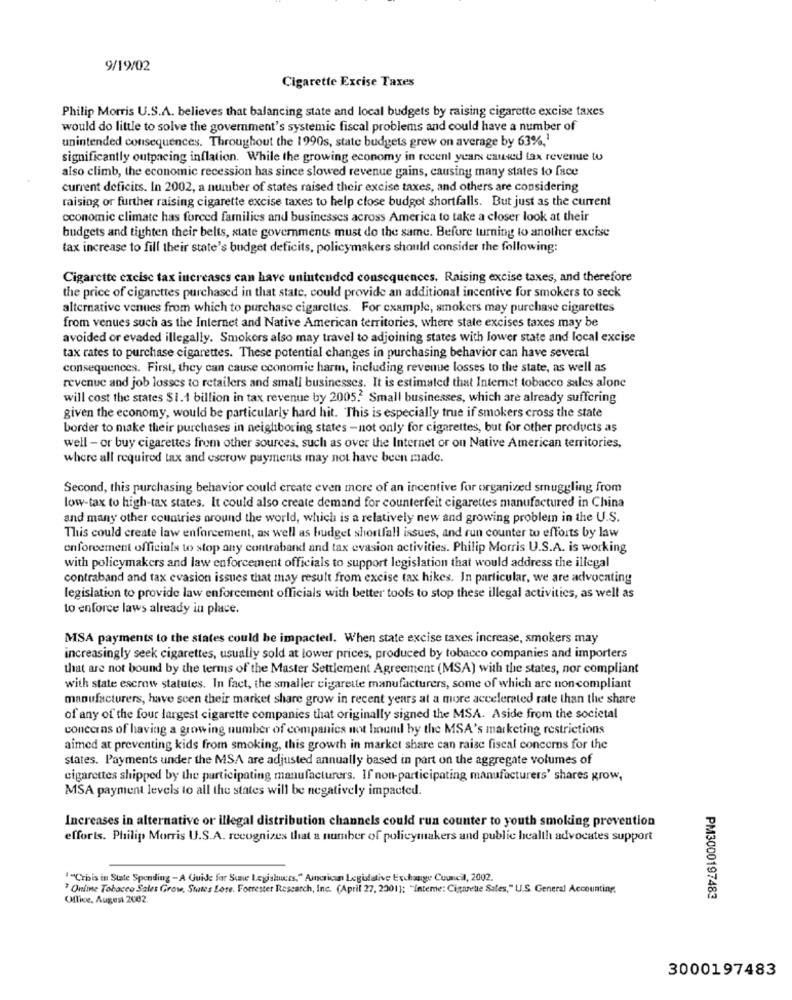
9/19/02
Cigarette Excise Taxes
Philip Morris U.S.A. believes that balancing state and local budgets by raising cigarette excise taxes
would do little to solve the government's systemic fiscal problems and could have a number of
unintended consequences. Throughout the 1990s, state budgets grew on average by 63%,
significantly outpacing inflation. While the growing economy in recent years caused tax revenue to
also climb, the economic recession has since slowed revenue gains, causing many states to face
current deficits. In 2002, a number of states raised their excise taxes, and others are considering
raising or further raising cigarette excise taxes to help close budget shortfalls. But just as the current
economic climate has forced families and businesses across America to take a closer look at their
budgets and tighten their belts, state governments must do the same. Before turning to another excise
tax increase to fill their state's budget deficits, policymakers should consider the following:
Cigarette excise tax increases can have unintended consequences. Raising excise taxes, and therefore
the price of cigarettes purchased in that state, could provide an additional incentive for smokers to seck
alternative venues from which to purchase cigarettes. For example, smokers may purchase cigarettes
from venues such as the Internet and Native American territories, where state excises taxes may be
avoided or evaded illegally. Smokers also may travel to adjoining states with lower state and local excise
tax rates to purchase cigarettes. These potential changes in purchasing behavior can have several
consequences. First, they can cause economie harm, including revenue losses to the state, as well as
revenue and job losses to retailers and small businesses. It is estimated that Internet tobacco sales alone
will cost the states $1.1 billion in tax revenue by 2005. Small businesses, which are already suffering
given the economy, would be particularly hard hit. This is especially true if smokers cross the state
border to make their purchases in neighboring states - not only for cigarettes, but for other products as
well - or buy cigarettes from other sources, such as over the Internet or ou Native American territories,
where all required tax and escrow payments may not have been made.
Second, this purchasing behavior could create even more of an incentive for organized smuggling from
low-tax to high-tax states. It could also create demand for counterfeit cigarettes manufactured in China
and many other countries around the world, which is a relatively new and growing problem in the U.S.
This could create law enforcement, as well as budget shortfall issues, and run counter to efforts by law
enforcement officials to stop any contraband and tax evasion activities. Philip Morris U.S.A. is working
with policymakers and law enforcement officials to support legislation that would address the illegal
contraband and tax evasion issues that may result from excise tax hikes. In particular, we are advocating
legislation to provide law enforcement officials with better tools to stop these illegal activities, as well as
to enforce laws already in place.
MSA payments to the states could be impacted. When state excise taxes increase, smokers may
increasingly seek cigarettes, usually sold at lower prices, produced by tobacco companies and importers
that are not bound by the terms of the Master Settlement Agreement (MSA) with the states, nor compliant
with state escrow statutes. In fact, the smaller cigarette manufacturers, some of which are non compliant
manufacturers, have seen their market share grow in recent years at a more accelerated rate than the share
of any of the four largest cigarette companies that originally signed the MSA. Aside from the societal
concerns of having a growing number of companies not bound by the MSA's marketing restrictions
aimed at preventing kids from smoking, this growth in market share can raise fiscal concerns for the
states. Payments under the MSA are adjusted annually based in part on the aggregate volumes of
cigarettes shipped by the participating manufacturers. If non-participating manufacturers' shares grow,
MSA payment levels to all the states will be negatively impacted.
Increases in alternative or illegal distribution channels could run counter to youth smoking prevention
efforts. Philip Morris U.S.A. recognizes that a number of policymakers and public health advocates support
" "Crisis in State Spending - A Guide for Suve Legishers," American Legislative Exchange Council, 2002.
Online Tobacco Sales Grow, States Lose. Forrester Research, Inc. (April 27, 2001); "Inteme: Cigarette Sales," U.S. General Accounting,
Office, Augest 2002.
PM3000197483
3000197483